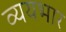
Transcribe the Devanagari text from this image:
व्ययभार